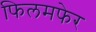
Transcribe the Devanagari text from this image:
फिलमफेर